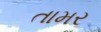
તામર